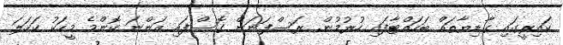
ކައިރީގައި ގާޑިޔާތައް ބަހައްޓާފައި ހުރުމުން. ރަސްފަނަން ގޮސްފައި އަންނަ ކޮންމެ މީހަކު ކަހަލަ